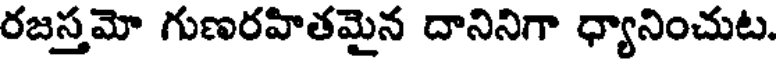
రజస్తమో గుణరహితమైన దానినిగా ధ్యానించుట.